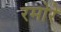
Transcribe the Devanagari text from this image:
रमोरे